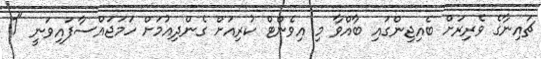
ޗައިނާގެ ވެރިރަށް ބެއިޖިންގައި ބާއްވާ މި އިވެންޓް ކުރިއަށް ގެންދިއުމަށް ހަމަޖައްސާފައިވަނީ "7